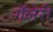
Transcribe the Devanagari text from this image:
गॅलेरी